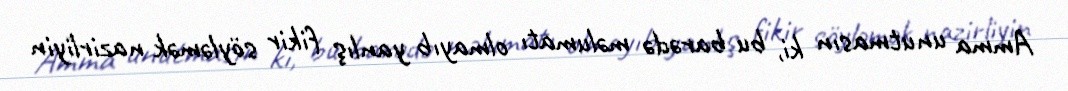
Amma unutmasın ki, bu barədə məlumatı olmayıb yanlış fikir söyləmək nazirliyin